Plague in India, 1896, 1897 - Volume 1
Year: 1896
Disease focus: Plague
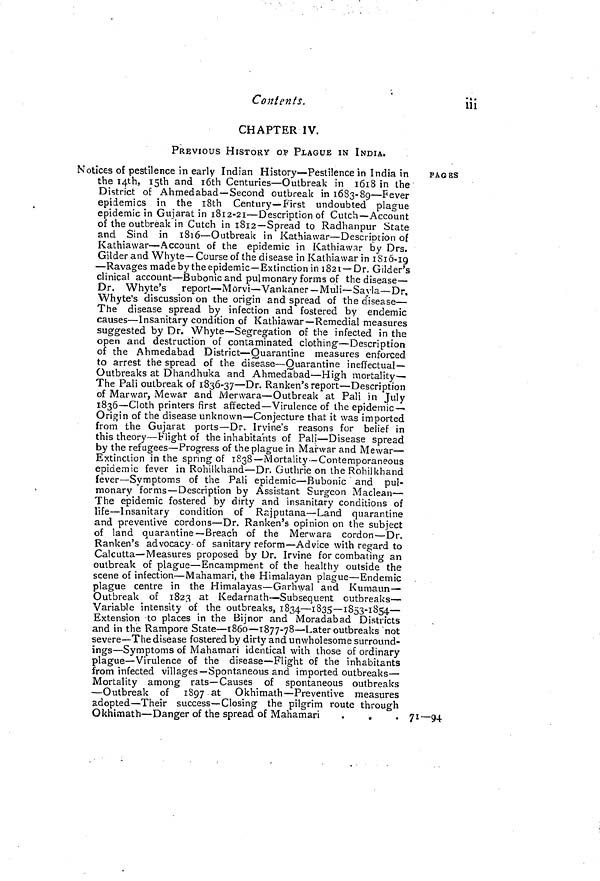
Contents.
iii
CHAPTER IV.
PREVIOUS HISTORY OF PLAGUE IN INDIA.
Notices of pestilence in early Indian History — Pestilence in India in
the I4th, I5th and 16th Centuries — Outbreak in 1618 in the
District of Ahmedabad— Second outbreak in 1683-89 — Fever
epidemics in the 18th Century— First undoubted plague
epidemic in Gujarat in 1812-21 — Description of Cutch — Account
of the outbreak in Cutch in 1812— Spread to Radhanpur State
and Sind in 1816 — Outbreak in Kathiawar — Description of
Kathiawar — Account of the epidemic in Kathiawar by Drs.
Gilder and Whyte— Course of the disease in Kathiawar in 1816-19
— Ravages made by the epidemic— Extinction in 1821 — Dr. Gilder's
clinical account — Bubonic and pulmonary forms of the disease —
Dr. Whyte's report — Morvi — Vankaner — Muli — Sayla — Dr.
Whyte's discussion on the origin and spread of the disease —
The disease spread by infection and fostered by endemic
causes — Insanitary condition of Kathiawar — Remedial measures
suggested by Dr. Whyte — Segregation of the infected in the
open and destruction of contaminated clothing — Description
of the Ahmedabad District — Quarantine measures enforced
to arrest the spread of the disease — Quarantine ineffectual-
Outbreaks at Dhandhuka and Ahmedabad — High mortality —
The Pali outbreak of 1836-37 — Dr. Ranken's report — Description
of Marwar, Mewar and Merwara — Outbreak at Pali in July
1836 — Cloth printers first affected — Virulence of the epidemic—
Origin of the disease unknown — Conjecture that it was imported
from the Gujarat ports — Dr. Irvine's reasons for belief in
this theory — Flight of the inhabitants of Pali — Disease spread
by the refugees — Progress of the plague in Marwar and Mewar —
Extinction in the spring of 1838— Mortality — Contemporaneous
epidemic fever in Rohilkhand — Dr. Guthrie on the Rohilkhand
fever — Symptoms of the Pali epidemic — Bubonic and pul-
monary "forms — Description by Assistant Surgeon Maclean —
The epidemic fostered by dirty and insanitary conditions of
life — Insanitary condition of Rajputana — Land quarantine
and preventive cordons — Dr. Ranken's opinion on the subject
of land quarantine— Breach of the Merwara cordon — Dr.
Ranken's advocacy of sanitary reform — Advice with regard to
Calcutta — Measures proposed by Dr. Irvine for combating an
outbreak of plague — Encampment of the healthy outside the
scene of infection — Mahamari, the Himalayan plague — Endemic
plague centre in the Himalayas — Garhwal and Kumaun—
Outbreak of 1823 at Kedarnath — Subsequent outbreaks —
Variable intensity of the outbreaks, 1834 — 1835—1853-1854 —
Extension to places in the Bijnor and Moradabad Districts
and in the Rampore State — 1860 — 1877-78 — Later outbreaks not
severe — The disease fostered by dirty and unwholesome surround-
ings — Symptoms of Mahamari identical with those of ordinary
plague — Virulence of the disease— Flight of the inhabitants
from infected villages— Spontaneous and imported outbreaks —
Mortality among rats— Causes of spontaneous outbreaks
— Outbreak of 1897 at Okhimath— Preventive measures
adopted— Their success-— Closing the pilgrim route through
Okhimath— Danger of the spread of Mahamari
PAGES
71—94